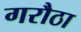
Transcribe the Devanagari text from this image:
गरौठा